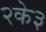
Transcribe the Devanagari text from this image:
२के३